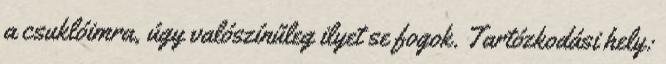
a csuklóimra, úgy valószínűleg ilyet se fogok. Tartózkodási hely: